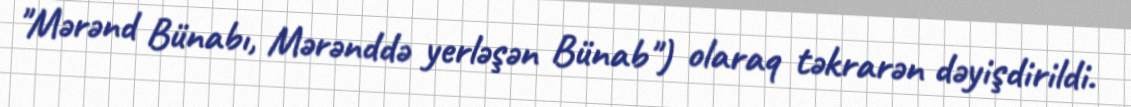
"Mərənd Bünabı, Mərənddə yerləşən Bünab") olaraq təkrarən dəyişdirildi.